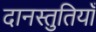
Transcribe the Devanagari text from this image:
दानस्तुतियाँ